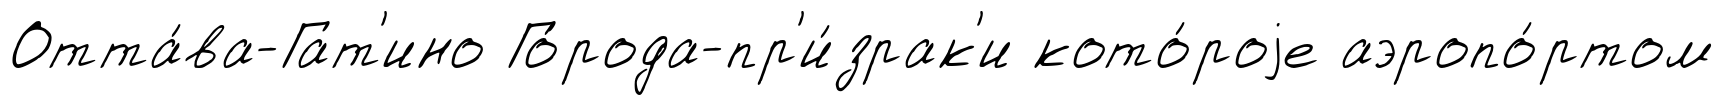
Отта́ва-Гат'ино Го́рода-пр'и́зрак'и кото́роjе аэропо́ртом